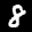
Label: 8